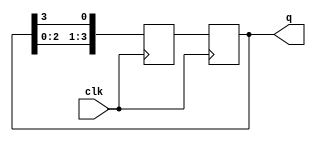
module johnson_counter(
    input clk,
    output reg[3:0] q
);

reg[3:0] q_next;

always @(posedge clk) begin
    q_next[0] <= q[3];
    q_next[1] <= q[0];
    q_next[2] <= q[1];
    q_next[3] <= q[2];
    
    q <= q_next;
end

endmodule